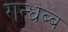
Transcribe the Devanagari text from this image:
गन्धब्ब